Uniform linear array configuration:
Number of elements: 24
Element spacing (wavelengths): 0.25
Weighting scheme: blackman
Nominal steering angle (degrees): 0
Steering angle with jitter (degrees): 0.1405
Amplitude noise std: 0.05
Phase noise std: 0.05

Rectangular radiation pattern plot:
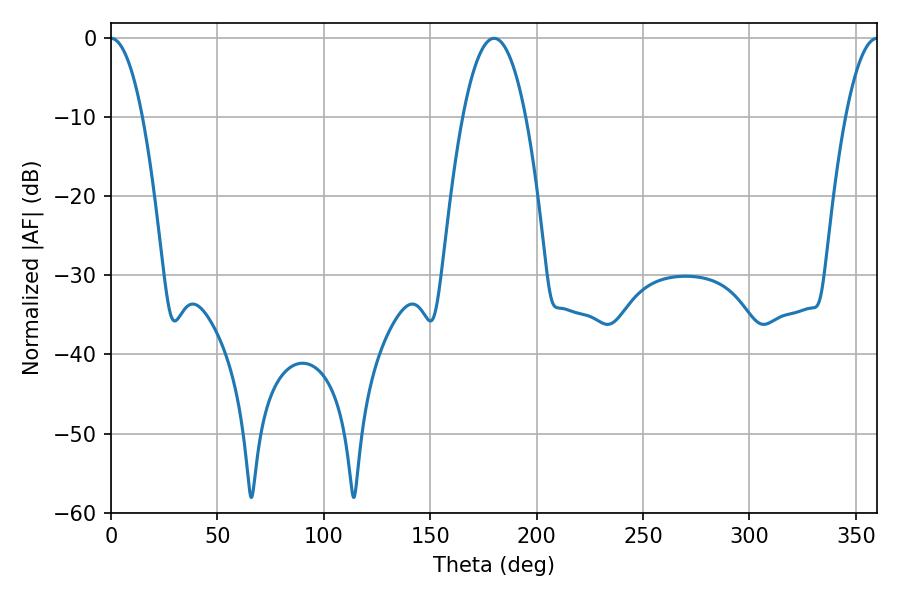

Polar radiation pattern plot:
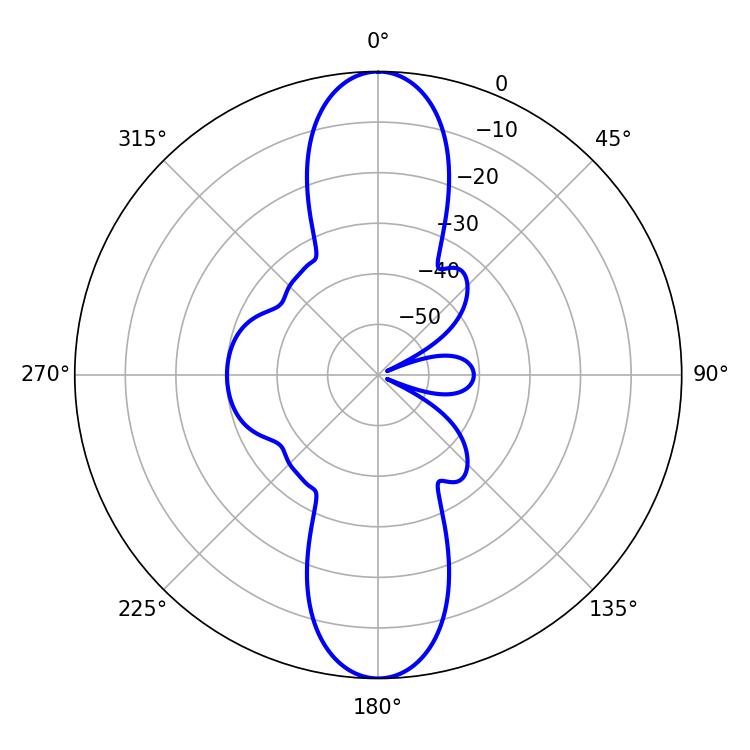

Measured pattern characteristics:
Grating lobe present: FALSE
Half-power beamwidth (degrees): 8.1
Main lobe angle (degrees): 0